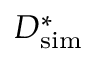
D _ { \mathrm { s i m } } ^ { * }